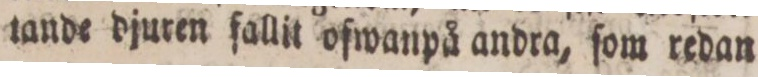
tande djuren fallit ofwanpå andra, ſom redan